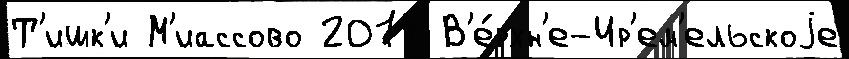
Т'ишк'и М'иассово 2014 В'е́рхн'е-Ир'ем'ельскоjе